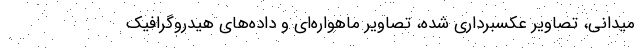
میدانی، تصاویر عکسبرداری شده، تصاویر ماهواره‌ای و داده‌های هیدروگرافیک